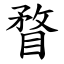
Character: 瞀